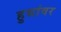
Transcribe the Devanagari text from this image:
हुद्यांवर